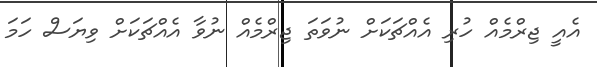
އެއީ ޖިރްމެއް ހުރި އެއްޗަކަށް ނުވަތަ ޖިރްމެއް ނުވާ އެއްޗަކަށް ވިޔަސް ހަމަ